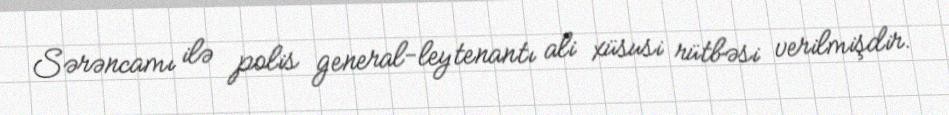
Sərəncamı ilə polis general-leytenantı ali xüsusi rütbəsi verilmişdir.